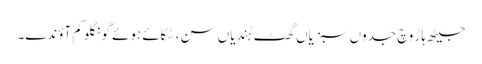
جیٹھ ہاڑ وچ جدوں سبزیاں گھٹ ہُندیاں سن، سُکائے ہوئے گونگلو کم آؤندے۔